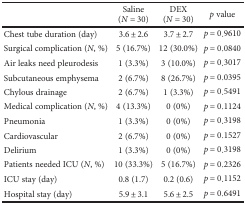
<table><thead><tr><td></td><td><b>Saline (<i>N</i> = 30)</b></td><td><b>DEX (<i>N</i> = 30)</b></td><td><b><i>p</i> value</b></td></tr></thead><tbody><tr><td>Chest tube duration (day)</td><td>3.6 ± 2.6</td><td>3.7 ± 2.7</td><td><i>p</i> = 0.9610</td></tr><tr><td>Surgical complication (<i>N</i>, %)</td><td>5 (16.7%)</td><td>12 (30.0%)</td><td><i>p</i> = 0.0840</td></tr><tr><td>Air leaks need pleurodesis</td><td>1 (3.3%)</td><td>3 (10.0%)</td><td><i>p</i> = 0.3017</td></tr><tr><td>Subcutaneous emphysema</td><td>2 (6.7%)</td><td>8 (26.7%)</td><td><i>p</i> = 0.0395</td></tr><tr><td>Chylous drainage</td><td>2 (6.7%)</td><td>1 (3.3%)</td><td><i>p</i> = 0.5491</td></tr><tr><td>Medical complication (<i>N</i>, %)</td><td>4 (13.3%)</td><td>0 (0%)</td><td><i>p</i> = 0.1124</td></tr><tr><td>Pneumonia</td><td>1 (3.3%)</td><td>0 (0%)</td><td><i>p</i> = 0.3198</td></tr><tr><td>Cardiovascular</td><td>2 (6.7%)</td><td>0 (0%)</td><td><i>p</i> = 0.1527</td></tr><tr><td>Delirium</td><td>1 (3.3%)</td><td>0 (0%)</td><td><i>p</i> = 0.3198</td></tr><tr><td>Patients needed ICU (<i>N</i>, %)</td><td>10 (33.3%)</td><td>5 (16.7%)</td><td><i>p</i> = 0.2326</td></tr><tr><td>ICU stay (day)</td><td>0.8 (1.7)</td><td>0.2 (0.6)</td><td><i>p</i> = 0.1152</td></tr><tr><td>Hospital stay (day)</td><td>5.9 ± 3.1</td><td>5.6 ± 2.5</td><td><i>p</i> = 0.6491</td></tr></tbody></table>